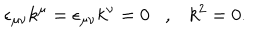
\epsilon _ { \mu \nu } k ^ { \mu } = \epsilon _ { \mu \nu } k ^ { \nu } = 0 \, \, \, \, \, , \, \, \, \, \, k ^ { 2 } = 0 .